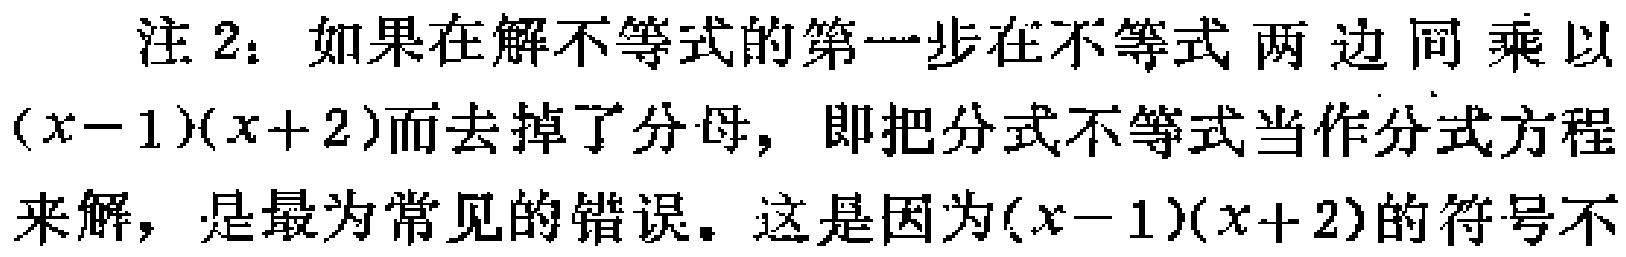
注2：如果在解不等式的第一步在不等式两边同乘以\((x - 1)(x + 2)\)而去掉了分母，即把分式不等式当作分式方程来解，是最为常见的错误。这是因为\((x - 1)(x + 2)\)的符号不